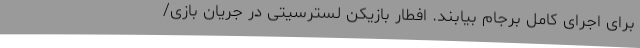
برای اجرای کامل برجام بیابند. افطار بازیکن لسترسیتی در جریان بازی/